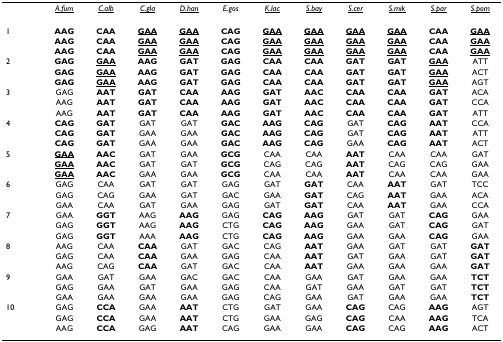
<table><thead><tr><td></td><td><b><i><underline>A.fum</underline></i></b></td><td><b><i><underline>C.alb</underline></i></b></td><td><b><i><underline>C.gla</underline></i></b></td><td><b><i><underline>D.han</underline></i></b></td><td><b><i>E.gos</i></b></td><td><b><i><underline>K.lac</underline></i></b></td><td><b><i><underline>S.bay</underline></i></b></td><td><b><i><underline>S.cer</underline></i></b></td><td><b><i><underline>S.mik</underline></i></b></td><td><b><i><underline>S.par</underline></i></b></td><td><b><i><underline>S.pom</underline></i></b></td></tr></thead><tbody><tr><td>1</td><td><b>AAG</b></td><td><b>CAA</b></td><td><b><underline>GAA</underline></b></td><td><b><underline>GAA</underline></b></td><td><b>CAG</b></td><td><b><underline>GAA</underline></b></td><td><b><underline>GAA</underline></b></td><td><b><underline>GAA</underline></b></td><td><b><underline>GAA</underline></b></td><td><b>CAA</b></td><td><b><underline>GAA</underline></b></td></tr><tr><td></td><td><b>AAG</b></td><td><b>CAA</b></td><td><b><underline>GAA</underline></b></td><td><b><underline>GAA</underline></b></td><td><b>CAG</b></td><td><b><underline>GAA</underline></b></td><td><b><underline>GAA</underline></b></td><td><b><underline>GAA</underline></b></td><td><b><underline>GAA</underline></b></td><td><b>CAA</b></td><td><b><underline>GAA</underline></b></td></tr><tr><td></td><td><b>AAG</b></td><td><b>CAA</b></td><td><b><underline>GAA</underline></b></td><td><b><underline>GAA</underline></b></td><td><b>CAG</b></td><td><b><underline>GAA</underline></b></td><td><b><underline>GAA</underline></b></td><td><b><underline>GAA</underline></b></td><td><b><underline>GAA</underline></b></td><td><b>CAA</b></td><td><b><underline>GAA</underline></b></td></tr><tr><td>2</td><td><b>GAG</b></td><td><b><underline>GAA</underline></b></td><td><b>AAG</b></td><td><b>GAT</b></td><td><b>GAG</b></td><td><b>CAA</b></td><td><b>CAA</b></td><td><b>GAT</b></td><td><b>GAT</b></td><td><b><underline>GAA</underline></b></td><td>ATT</td></tr><tr><td></td><td><b>GAG</b></td><td><b><underline>GAA</underline></b></td><td><b>AAG</b></td><td><b>GAT</b></td><td><b>GAG</b></td><td><b>CAA</b></td><td><b>CAA</b></td><td><b>GAT</b></td><td><b>GAT</b></td><td><b><underline>GAA</underline></b></td><td>ACT</td></tr><tr><td></td><td><b>GAG</b></td><td><b><underline>GAA</underline></b></td><td><b>AAG</b></td><td><b>GAT</b></td><td><b>GAG</b></td><td><b>CAA</b></td><td><b>CAA</b></td><td><b>GAT</b></td><td><b>GAT</b></td><td><b><underline>GAA</underline></b></td><td>AGT</td></tr><tr><td>3</td><td>GAG</td><td><b>AAT</b></td><td><b>GAT</b></td><td><b>CAA</b></td><td><b>AAG</b></td><td><b>GAT</b></td><td><b>AAC</b></td><td><b>CAA</b></td><td><b>CAA</b></td><td><b>GAT</b></td><td>ACA</td></tr><tr><td></td><td>AAG</td><td><b>AAT</b></td><td><b>GAT</b></td><td><b>CAA</b></td><td><b>AAG</b></td><td><b>GAT</b></td><td><b>AAC</b></td><td><b>CAA</b></td><td><b>CAA</b></td><td><b>GAT</b></td><td>CCA</td></tr><tr><td></td><td>AAG</td><td><b>AAT</b></td><td><b>GAT</b></td><td><b>CAA</b></td><td><b>AAG</b></td><td><b>GAT</b></td><td><b>AAC</b></td><td><b>CAA</b></td><td><b>CAA</b></td><td><b>GAT</b></td><td>ATT</td></tr><tr><td>4</td><td><b>CAG</b></td><td><b>GAT</b></td><td>GAT</td><td>GAT</td><td><b>GAC</b></td><td><b>AAG</b></td><td><b>CAG</b></td><td>GAT</td><td><b>CAG</b></td><td><b>AAT</b></td><td>CCA</td></tr><tr><td></td><td><b>CAG</b></td><td><b>GAT</b></td><td>GAA</td><td>GAA</td><td><b>GAC</b></td><td><b>AAG</b></td><td><b>CAG</b></td><td>GAT</td><td><b>CAG</b></td><td><b>AAT</b></td><td>ATT</td></tr><tr><td></td><td><b>CAG</b></td><td><b>GAT</b></td><td>GAA</td><td>GAA</td><td><b>GAC</b></td><td><b>AAG</b></td><td><b>CAG</b></td><td>GAA</td><td><b>CAG</b></td><td><b>AAT</b></td><td>ACT</td></tr><tr><td>5</td><td><b><underline>GAA</underline></b></td><td><b>AAC</b></td><td>GAT</td><td>GAA</td><td><b>GCG</b></td><td>CAA</td><td>CAA</td><td><b>AAT</b></td><td>CAA</td><td>CAA</td><td>GAT</td></tr><tr><td></td><td><b><underline>GAA</underline></b></td><td><b>AAC</b></td><td>GAT</td><td>GAT</td><td><b>GCG</b></td><td>CAG</td><td>CAG</td><td><b>AAT</b></td><td>CAG</td><td>CAG</td><td>GAA</td></tr><tr><td></td><td><b><underline>GAA</underline></b></td><td><b>AAC</b></td><td>GAA</td><td>GAA</td><td><b>GCG</b></td><td>CAA</td><td>CAA</td><td><b>AAT</b></td><td>CAA</td><td>CAA</td><td>GAA</td></tr><tr><td>6</td><td>GAG</td><td>CAA</td><td>GAT</td><td>GAT</td><td>GAG</td><td>GAT</td><td><b>GAT</b></td><td>CAA</td><td><b>AAT</b></td><td>GAT</td><td>TCC</td></tr><tr><td></td><td>GAG</td><td>CAG</td><td>GAA</td><td>GAT</td><td>GAC</td><td>GAA</td><td><b>GAT</b></td><td>CAG</td><td><b>AAT</b></td><td>GAA</td><td>ACA</td></tr><tr><td></td><td>GAA</td><td>CAA</td><td>GAT</td><td>GAA</td><td>GAG</td><td>GAT</td><td><b>GAT</b></td><td>CAA</td><td><b>AAT</b></td><td>GAA</td><td>CCA</td></tr><tr><td>7</td><td>GAA</td><td><b>GGT</b></td><td>AAG</td><td><b>AAG</b></td><td>GAG</td><td><b>CAG</b></td><td><b>AAG</b></td><td>GAT</td><td>GAT</td><td><b>CAG</b></td><td>GAA</td></tr><tr><td></td><td>GAG</td><td><b>GGT</b></td><td>AAG</td><td><b>AAG</b></td><td>CTG</td><td><b>CAG</b></td><td><b>AAG</b></td><td>GAA</td><td>GAT</td><td><b>CAG</b></td><td>GAT</td></tr><tr><td></td><td>GAG</td><td><b>GGT</b></td><td>AAA</td><td><b>AAG</b></td><td>CTG</td><td><b>CAG</b></td><td><b>AAG</b></td><td>GAA</td><td>GAA</td><td><b>CAG</b></td><td>GAA</td></tr><tr><td>8</td><td>AAG</td><td>CAA</td><td><b>CAA</b></td><td>GAT</td><td>GAC</td><td>CAG</td><td><b>AAT</b></td><td>GAA</td><td>GAT</td><td>GAT</td><td><b>GAT</b></td></tr><tr><td></td><td>GAG</td><td>CAA</td><td><b>CAA</b></td><td>GAA</td><td>GAG</td><td>CAA</td><td><b>AAT</b></td><td>GAT</td><td>GAA</td><td>GAT</td><td><b>GAT</b></td></tr><tr><td></td><td>AAG</td><td>CAG</td><td><b>CAA</b></td><td>GAT</td><td>GAC</td><td>CAA</td><td><b>AAT</b></td><td>GAA</td><td>GAA</td><td>GAA</td><td><b>GAT</b></td></tr><tr><td>9</td><td>GAA</td><td>GAT</td><td>GAA</td><td>GAC</td><td>GAC</td><td>CAA</td><td>GAA</td><td>GAT</td><td>GAA</td><td>GAA</td><td><b>TCT</b></td></tr><tr><td></td><td>GAG</td><td>GAA</td><td>GAT</td><td>GAA</td><td>GAG</td><td>CAA</td><td>GAT</td><td>GAA</td><td>GAT</td><td>GAT</td><td><b>TCT</b></td></tr><tr><td></td><td>GAA</td><td>GAA</td><td>GAA</td><td>GAA</td><td>GAG</td><td>CAG</td><td>GAA</td><td>GAT</td><td>GAA</td><td>GAA</td><td><b>TCT</b></td></tr><tr><td>10</td><td>GAG</td><td><b>CCA</b></td><td>GAA</td><td><b>AAT</b></td><td>CTG</td><td>GAT</td><td>GAA</td><td><b>CAG</b></td><td>CAG</td><td><b>AAG</b></td><td>AGT</td></tr><tr><td></td><td>GAG</td><td><b>CCA</b></td><td>GAA</td><td><b>AAT</b></td><td>CTG</td><td>GAA</td><td>GAG</td><td><b>CAG</b></td><td>CAA</td><td><b>AAG</b></td><td>TCA</td></tr><tr><td></td><td>AAG</td><td><b>CCA</b></td><td>GAG</td><td><b>AAT</b></td><td>CAG</td><td>GAA</td><td>GAA</td><td><b>CAG</b></td><td>CAG</td><td><b>AAG</b></td><td>ACT</td></tr></tbody></table>